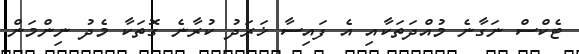
ޓެކްސް ނަގާނެ މުއްދަތަކާއި އެ ފައިސާ ޚަރަދު ކުރާނެ ގޮތަކާ މެދު ނިންމަން